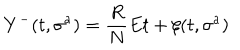
Y ^ { - } ( t , \sigma ^ { a } ) = { \frac { R } { N } } E t + \xi ( t , \sigma ^ { a } )